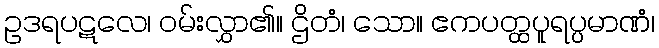
ဥဒရပဋလေ၊ ဝမ်းလွှာ၏။ ဌိတံ၊ သော။ ဧကပတ္ထပူရပ္ပမာဏံ၊